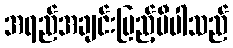
အရည်အချင်းပြည့်မီပါသည်